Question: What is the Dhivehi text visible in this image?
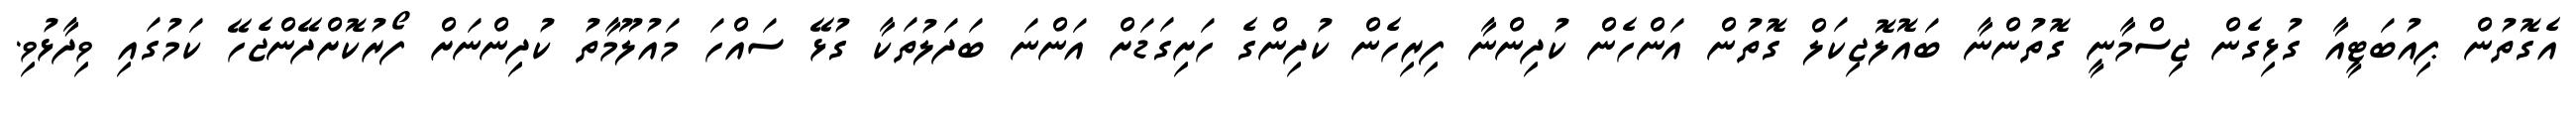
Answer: އެގޮތުން ޕިއުބަޓީއާ ގުޅިގެން ޖިސްމާނީ ގޮތުންނާ ބައޮލޮޖިކަލް ގޮތުން އަންހެން ކުދިންނާ ފިރިހެން ކުދިންގެ ހަށިގަޑަށް އަންނަ ބަދަލުތަކާ ގުޅޭ ސައްހަ މައުލޫމާތު ކުދިންނަށް ފޯރުކޮށްދޭންޖެހޭ ކަމުގައި ވިދާޅުވި.